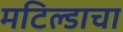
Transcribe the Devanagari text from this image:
मटिल्डाचा